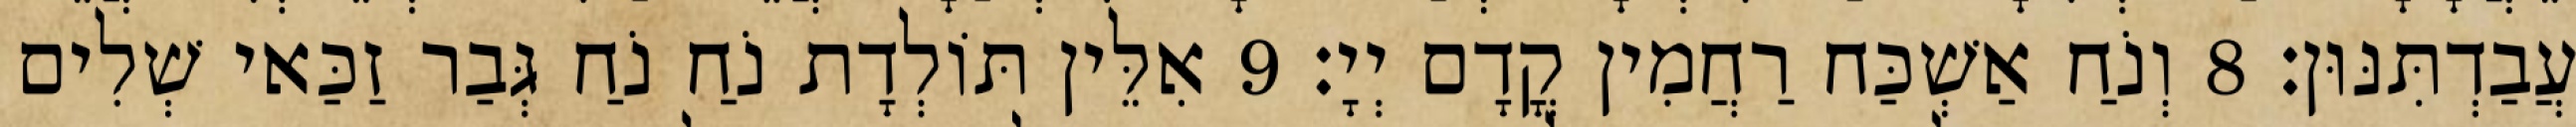
עֲבַדְתִּנּוּן׃ 8 וְנֹחַ אַשְׁכַּח רַחֲמִין קֳדָם יְיָ׃ 9 אִלֵּין תּוֹלְדָת נֹחַ נֹחַ גְּבַר זַכַּאי שְׁלִים